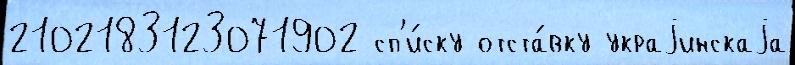
2102183123071902 сп'и́ску отста́вку украjинскаjа